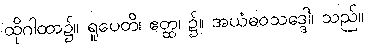
ထိုဂါထာ၌။ ရူပေတိ၊ ဧတ္ထ၊ ၌။ အယံဓဝသဒ္ဒေါ၊ သည်။